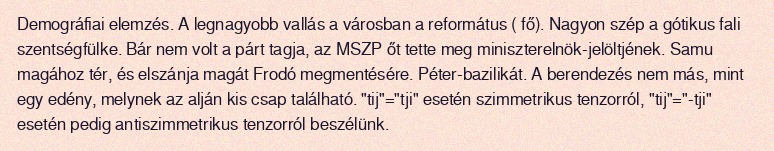
Demográfiai elemzés. A legnagyobb vallás a városban a református ( fő). Nagyon szép a gótikus fali szentségfülke. Bár nem volt a párt tagja, az MSZP őt tette meg miniszterelnök-jelöltjének. Samu magához tér, és elszánja magát Frodó megmentésére. Péter-bazilikát. A berendezés nem más, mint egy edény, melynek az alján kis csap található. "tij"="tji" esetén szimmetrikus tenzorról, "tij"="-tji" esetén pedig antiszimmetrikus tenzorról beszélünk.